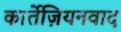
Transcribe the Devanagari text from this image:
कार्तेज़ियनवाद